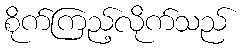
စိုက်ကြည့်လိုက်သည်